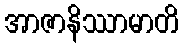
အာဇာနိဿာမာတိ